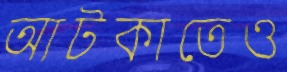
আটকাতেও